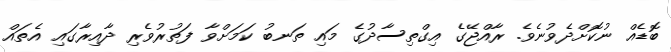
ބޮޑެއް ނުކޮށްދެވުނެވެ. ރާއްޖޭގެ އިގްްތިސާދުގެ މައި ތަނބު ކަމަށްވާ ފަތުރުވެރި ދާއިރާގައި އެތައް